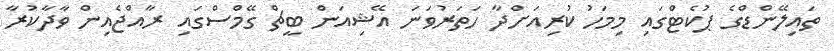
ތައިލޭންޑްގެ ޕުކެޓްގައި މިމަހު ކުރިއަށްދާ ހަތަރުވަނަ އޭޝިއަން ބީޗް ގޭމްސްގައި ރާއްޖެއިން ވާދާކުރާ